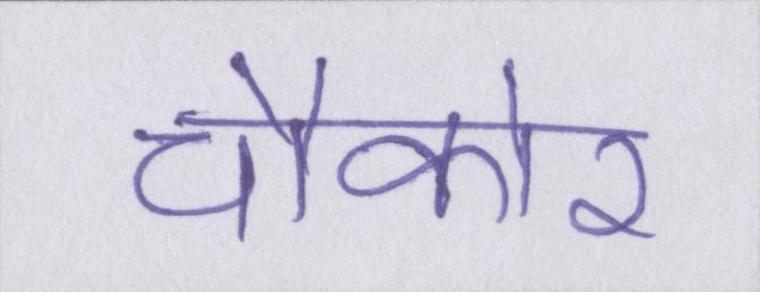
चौकोर